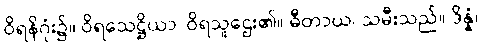
ဝိရနိဂုံး၌။ ဝိရသေဋ္ဌိယာ၊ ဝိရသူဌေး၏။ ဓီတာယ၊ သမီးသည်။ ဒိန္နံ၊